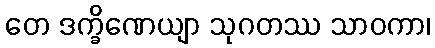
တေ ဒက္ခိဏေယျာ သုဂတဿ သာဝကာ၊